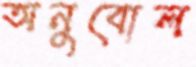
অনুবোল